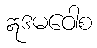
ဣဒမဝေါစ